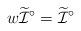
LaTeX: \begin{align*} w \widetilde{\mathcal{I}}^\circ = \widetilde{\mathcal{I}}^\circ \end{align*}